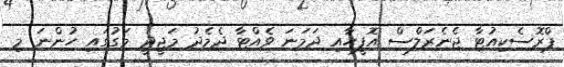
ޕްރޮސެކިއުޓާ ޖެނެރަލްސް އޮފީހާއި ދަމަނަ ވެއްޓާ ދެމެދު މަޖީދީ މަގުގައި ހުންނަ މި